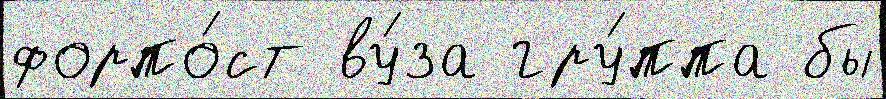
форпо́ст ву́за гру́ппа бы